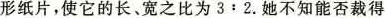
形纸片，使它的长、宽之比为3:2.她不知能否裁得